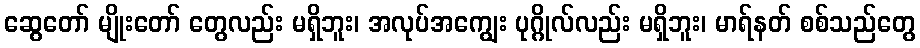
ဆွေတော် မျိုးတော် တွေလည်း မရှိဘူး၊ အလုပ်အကျွေး ပုဂ္ဂိုလ်လည်း မရှိဘူး၊ မာရ်နတ် စစ်သည်တွေ